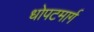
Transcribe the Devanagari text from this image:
धोपटमार्ग